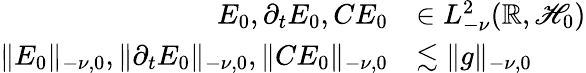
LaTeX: \begin{array}{rl}{E_{0},\partial_{t}E_{0},CE_{0}}&{\in L_{-\nu}^{2}(\mathbb{R},\mathscr{H}_{0})}\\ {\lVert E_{0}\rVert_{-\nu,0},\lVert\partial_{t}E_{0}\rVert_{-\nu,0},\lVert CE_{0}\rVert_{-\nu,0}}&{\lesssim\lVert g\rVert_{-\nu,0}}\end{array}